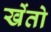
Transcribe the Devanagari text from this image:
खेंतो